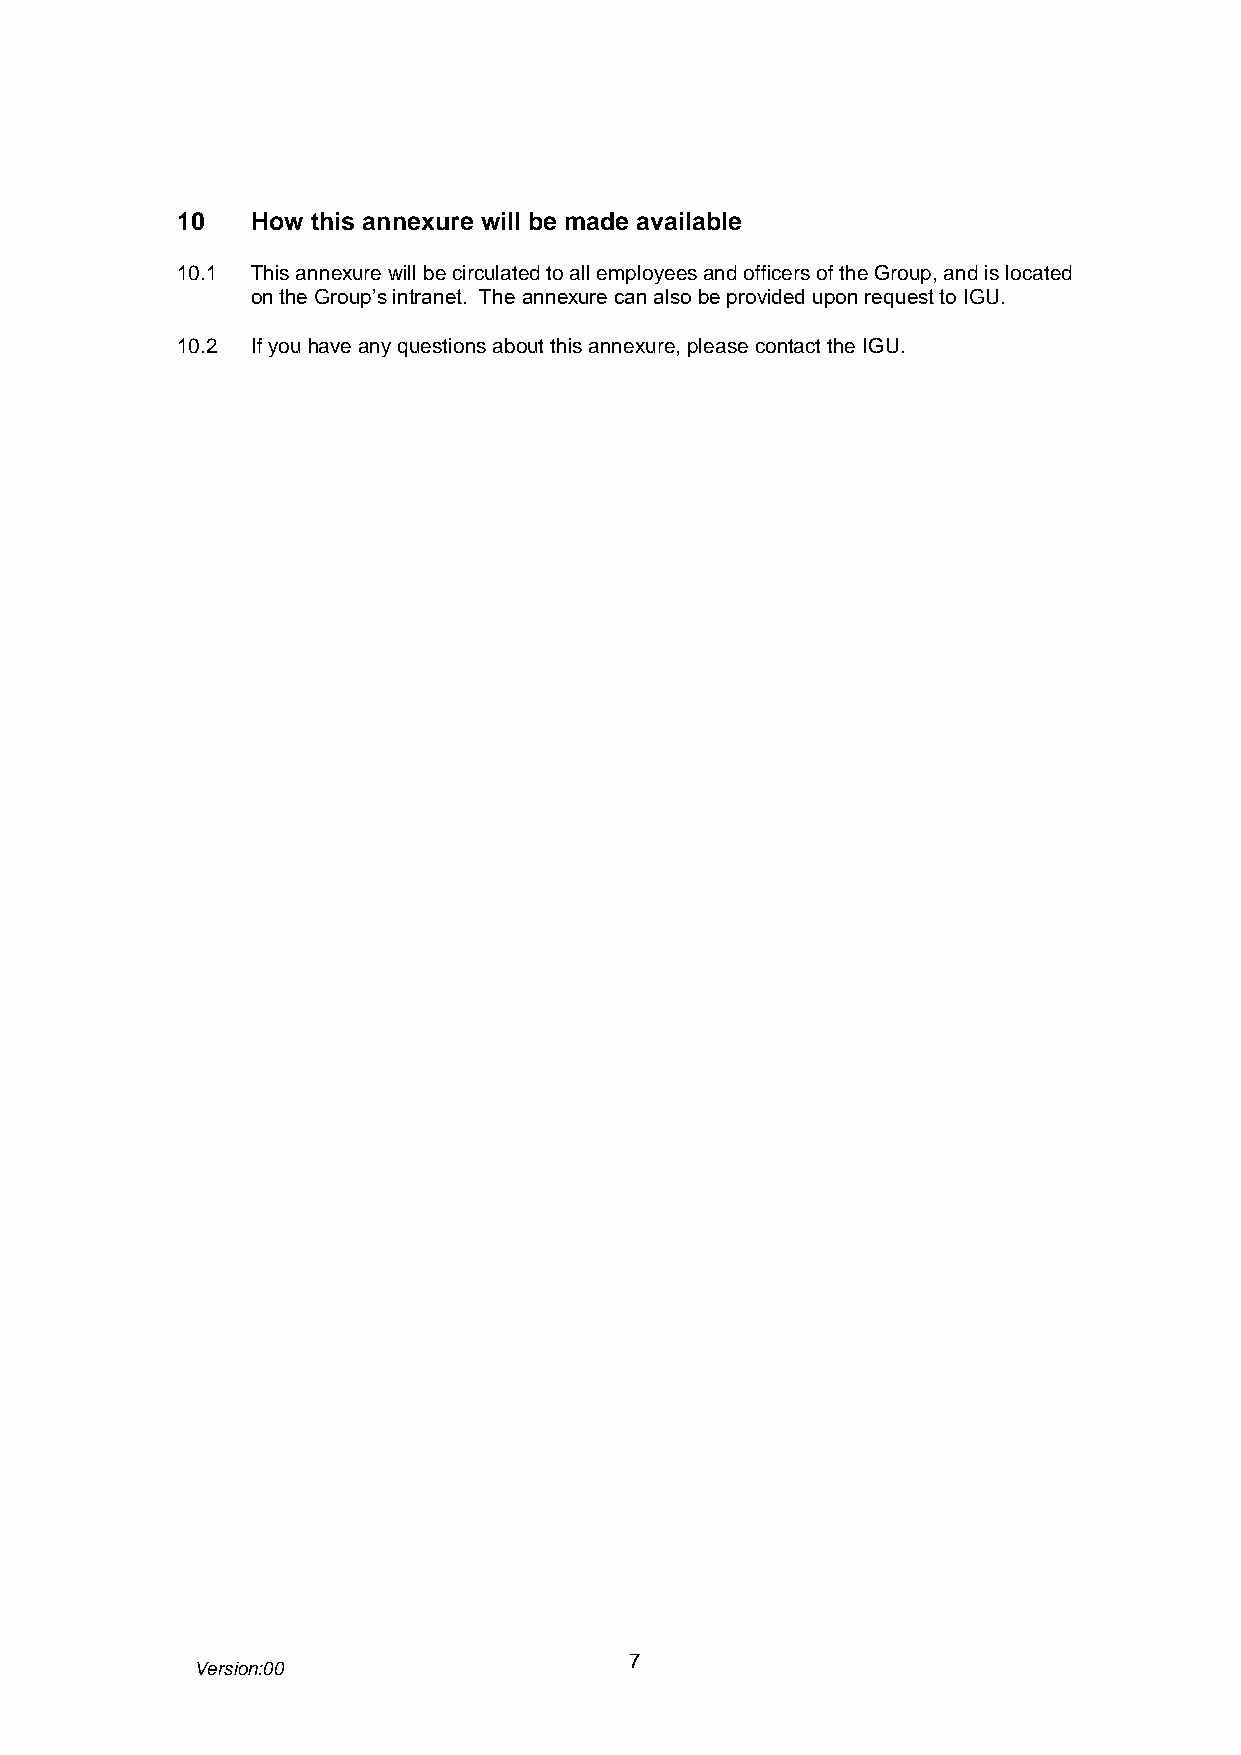
10   How this annexure will be made available
 10.1 This annexure will be circulated to all employees and officers of the Group, and is located
 on the Group’s intranet. The annexure can also be provided upon request to IGU.
 10.2 If you have any questions about this annexure, please contact the IGU.
 7
 Version:00